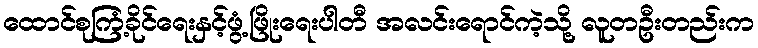
ထောင်စုကြံ့ခိုင်ရေးနှင့်ဖွံ့ဖြိုးရေးပါတီ အလင်းရောင်ကဲ့သို့ လူတဦးတည်းက